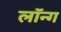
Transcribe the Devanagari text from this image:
लॉन्‍ग